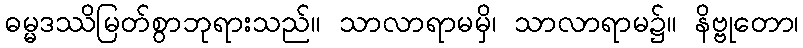
ဓမ္မဒဿိမြတ်စွာဘုရားသည်။ သာလာရာမမှိ၊ သာလာရာမ၌။ နိဗ္ဗုတော၊